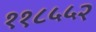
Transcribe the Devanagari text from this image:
११८५५२